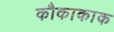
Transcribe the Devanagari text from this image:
कौकाकाक